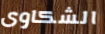
الشكاوى